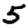
Digit: 5